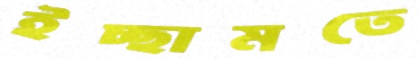
ইচ্ছামতে